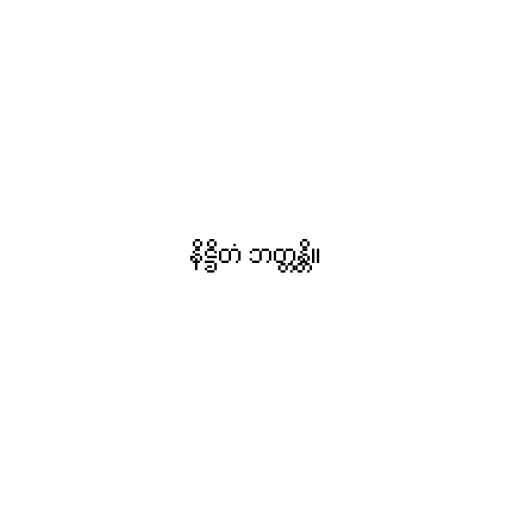
နိဋ္ဌိတံ ဘတ္တန္တိ။